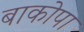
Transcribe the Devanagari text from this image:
बाकोपा